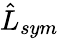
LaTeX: \hat{L}_{sym}